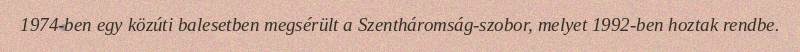
1974-ben egy közúti balesetben megsérült a Szentháromság-szobor, melyet 1992-ben hoztak rendbe.